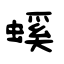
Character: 螇